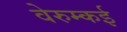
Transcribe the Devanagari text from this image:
वेरुम्कई